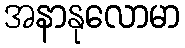
အနာနုလောမာ